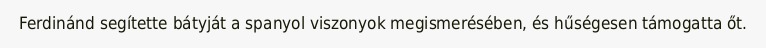
Ferdinánd segítette bátyját a spanyol viszonyok megismerésében, és hűségesen támogatta őt.